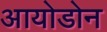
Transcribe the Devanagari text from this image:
आयोडोन